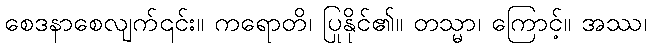
စေဒနာစေလျက်၎င်း။ ကရောတိ၊ ပြုနိုင်၏။ တသ္မာ၊ ကြောင့်။ အဿ၊